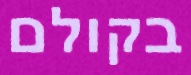
בקולם